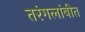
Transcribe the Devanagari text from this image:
तरंगलांबीत